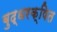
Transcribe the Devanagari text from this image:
बुद्धरक्षित